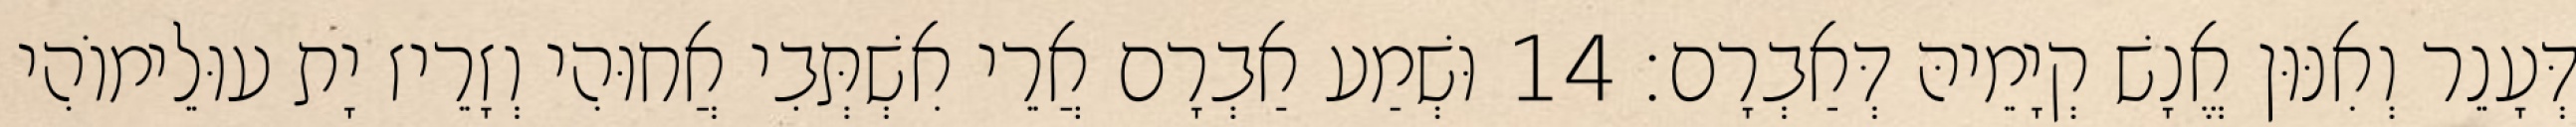
דְּעָנֵר וְאִנּוּן אֱנָשׁ קְיָמֵיהּ דְּאַבְרָם׃ 14 וּשְׁמַע אַבְרָם אֲרֵי אִשְׁתְּבִי אֲחוּהִי וְזָרֵיז יָת עוּלֵימוֹהִי